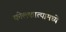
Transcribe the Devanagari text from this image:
कोलकात्यामध्ये